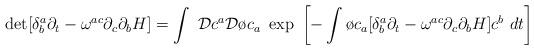
LaTeX: \begin{align*}\det[\delta^{a}_{b}\partial_{t}-\omega^{ac}\partial_{c}\partial_{b}H]=\int~{\cal D}c^{a}{\cal D}{\o c}_{a}~\exp~\biggl[-\int {\o c}_{a}[\delta^{a}_{b}\partial_{t}-\omega^{ac}\partial_{c}\partial_{b}H]c^{b}~dt\biggr]\end{align*}